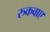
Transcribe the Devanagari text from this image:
रुकवाए